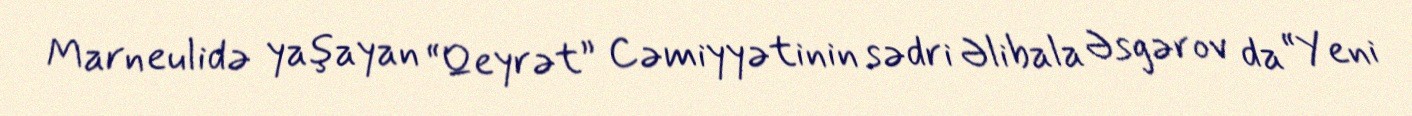
Marneulidə yaşayan “Qeyrət” Cəmiyyətinin sədri Əlibala Əsgərov da “Yeni